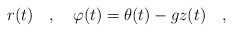
\begin{align*}r(t)\ \ \ ,\ \ \ \varphi(t)=\theta(t)-g z(t)\ \ \ ,\end{align*}